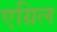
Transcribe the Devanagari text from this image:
एग्रिल